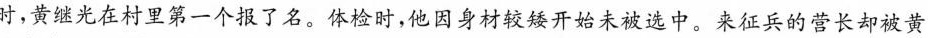
时，黄继光在村里第一个报了名。体检时，他因身材较矮开始未被选中。来征兵的营长却被黄